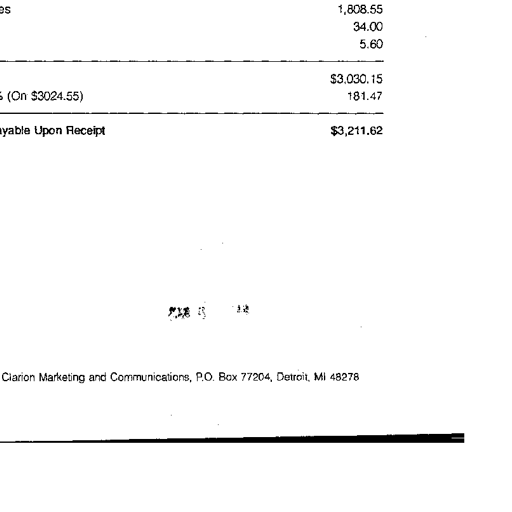
1,808.55
34.00
5.60
$3,030.15
(On $3024.55) 181.47
yable Upon Receipt $3,211.62
Clarion Marketing and Communications, P.O. Box 77204, Detroit, MI 48278